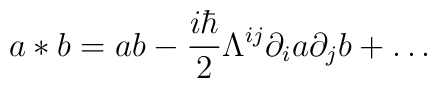
a*b=ab-\frac{i\hbar }2\Lambda ^{ij}\partial _ia\partial _jb+\ldots